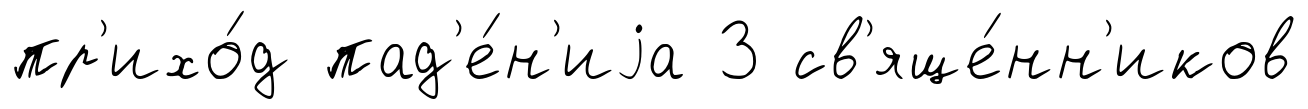
пр'ихо́д пад'е́н'иjа 3 св'яще́нн'иков